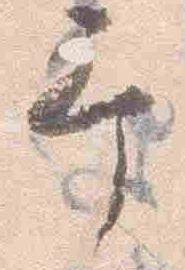
予